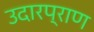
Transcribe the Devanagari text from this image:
उदारप्राण